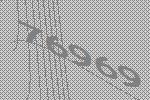
76969